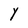
Character: Y